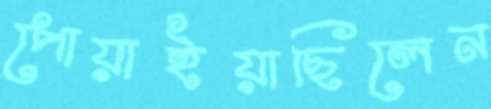
পোয়াইয়াছিলেন